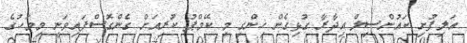
އަލިފުށި ކައުންސިލް އިދާރާ ގުޅިގެން ހިންގި މި ކޭމްޕު ކުރިއަށް ގެންގޮސްފައިވަނީ މިމަހުގެ